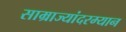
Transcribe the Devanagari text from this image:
साम्राज्यांदरम्यान